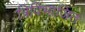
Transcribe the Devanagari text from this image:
त्रिविभाजित